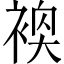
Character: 𬡢